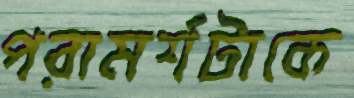
পরামর্শটাকে